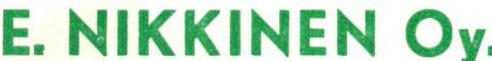
E. NIKKINEN Oy